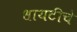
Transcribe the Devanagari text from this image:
धायटीचे